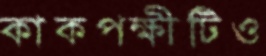
কাকপক্ষীটিও